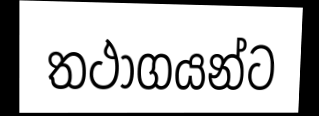
තථාගයන්ට